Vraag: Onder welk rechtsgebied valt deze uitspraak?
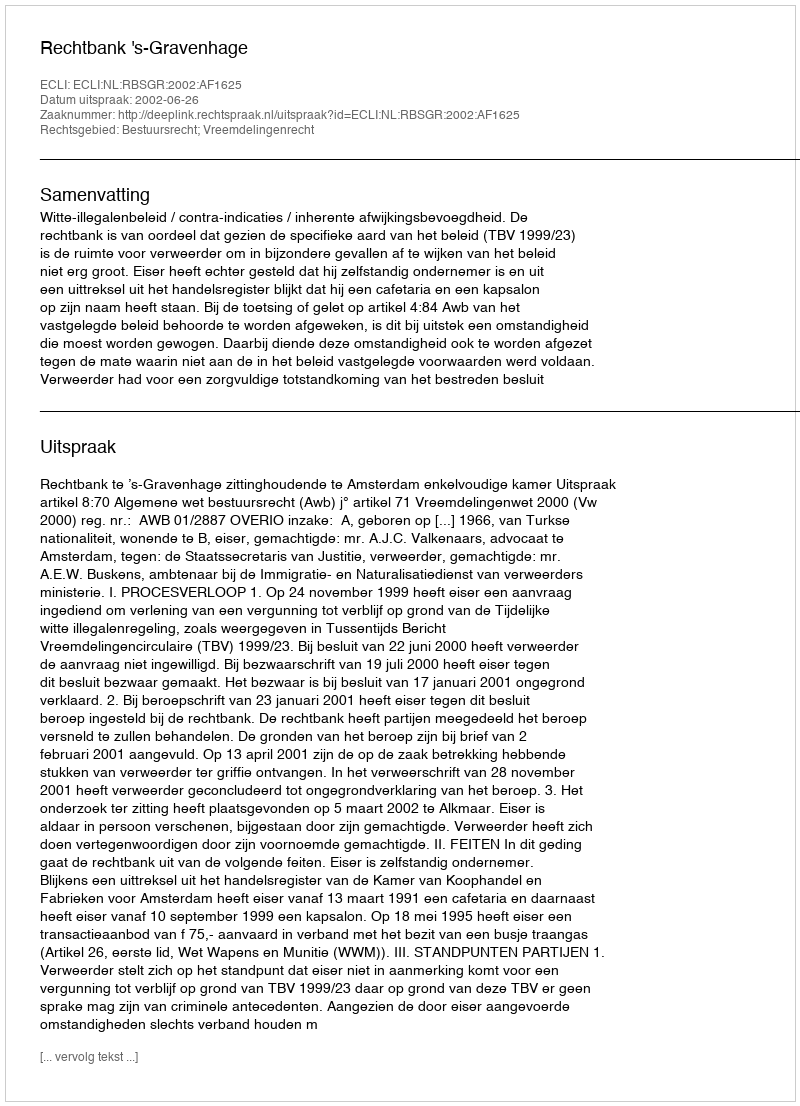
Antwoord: Bestuursrecht; Vreemdelingenrecht